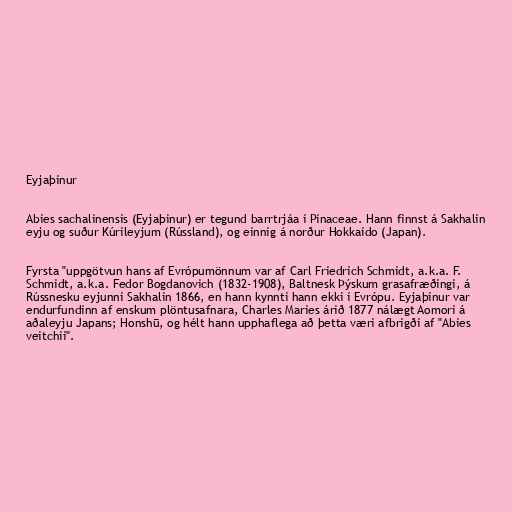
Eyjaþinur

Abies sachalinensis (Eyjaþinur) er tegund barrtrjáa í Pinaceae. Hann finnst á Sakhalin
eyju og suður Kúrileyjum (Rússland), og einnig á norður Hokkaido (Japan).

Fyrsta "uppgötvun hans af Evrópumönnum var af Carl Friedrich Schmidt, a.k.a. F.
Schmidt, a.k.a. Fedor Bogdanovich (1832-1908), Baltnesk Þýskum grasafræðingi, á
Rússnesku eyjunni Sakhalin 1866, en hann kynnti hann ekki í Evrópu. Eyjaþinur var
endurfundinn af enskum plöntusafnara, Charles Maries árið 1877 nálægt Aomori á
aðaleyju Japans; Honshū, og hélt hann upphaflega að þetta væri afbrigði af "Abies
veitchii".